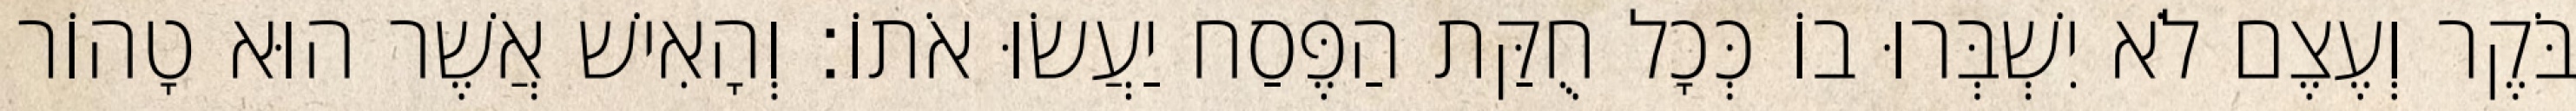
בֹּקֶר וְעֶצֶם לֹא יִשְׁבְּרוּ בוֹ כְּכָל חֻקַּת הַפֶּסַח יַעֲשׂוּ אֹתוֹ׃ וְהָאִישׁ אֲשֶׁר הוּא טָהוֹר